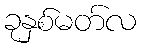
ခုနှစ်မတ်လ